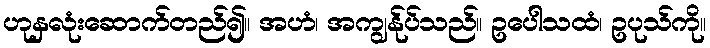
ဟုနှလုံးဆောက်တည်၍။ အဟံ၊ အကျွန်ုပ်သည်။ ဥပေါသထံ၊ ဥပုသ်ကို။